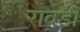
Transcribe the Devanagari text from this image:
रावडी